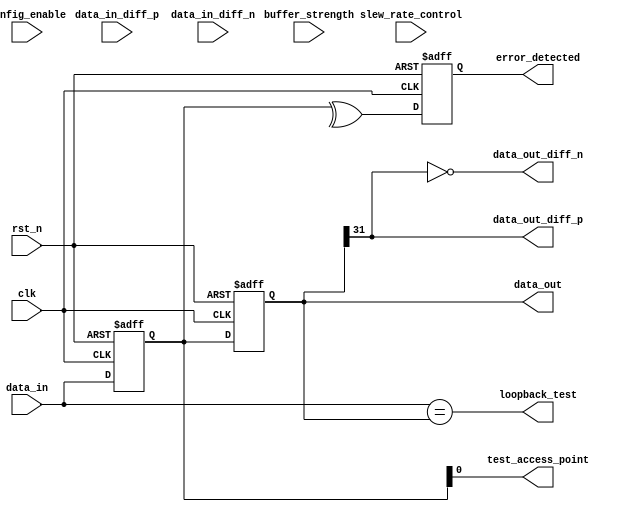
module gddr3_io_block (
    input wire clk,                  // Clock input
    input wire rst_n,                // Active low reset
    input wire [31:0] data_in,       // 32-bit data input
    output wire [31:0] data_out,     // 32-bit data output
    input wire data_in_diff_p,       // Differential data input positive
    input wire data_in_diff_n,       // Differential data input negative
    output wire data_out_diff_p,     // Differential data output positive
    output wire data_out_diff_n,     // Differential data output negative
    input wire [1:0] buffer_strength, // Buffer strength control
    input wire slew_rate_control,     // Slew rate control
    output wire error_detected,       // Error detection signal
    input wire config_enable,          // Configuration enable signal
    output wire test_access_point,     // Test access point for debugging
    output wire loopback_test          // Loopback test signal
);

    // Internal signals
    reg [31:0] data_reg;
    reg error_flag;
    reg [31:0] output_buffer;
    
    // Input buffer strength control
    always @(posedge clk or negedge rst_n) begin
        if (!rst_n) begin
            data_reg <= 32'b0;
            error_flag <= 1'b0;
        end else begin
            // Capture input data
            data_reg <= data_in;
            // Error detection logic (simple parity check for example)
            error_flag <= ^data_reg; // Simple parity check
        end
    end

    // Output buffer control
    always @(posedge clk or negedge rst_n) begin
        if (!rst_n) begin
            output_buffer <= 32'b0;
        end else begin
            output_buffer <= data_reg; // Pass data to output buffer
        end
    end

    // Assign outputs
    assign data_out = output_buffer;
    assign error_detected = error_flag;

    // Differential signaling (simplified)
    assign data_out_diff_p = output_buffer[31]; // Example for differential output
    assign data_out_diff_n = ~output_buffer[31]; // Inverted for differential signaling

    // Test access point and loopback test
    assign test_access_point = data_reg[0]; // Example TAP
    assign loopback_test = (data_in == data_out); // Simple loopback test

    // Slew rate control and buffer strength can be implemented as needed
    // This is a placeholder for actual implementation
    // ...

endmodule